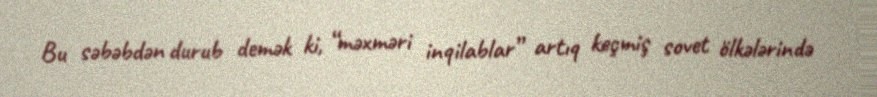
Bu səbəbdən durub demək ki, “məxməri inqilablar” artıq keçmiş sovet ölkələrində